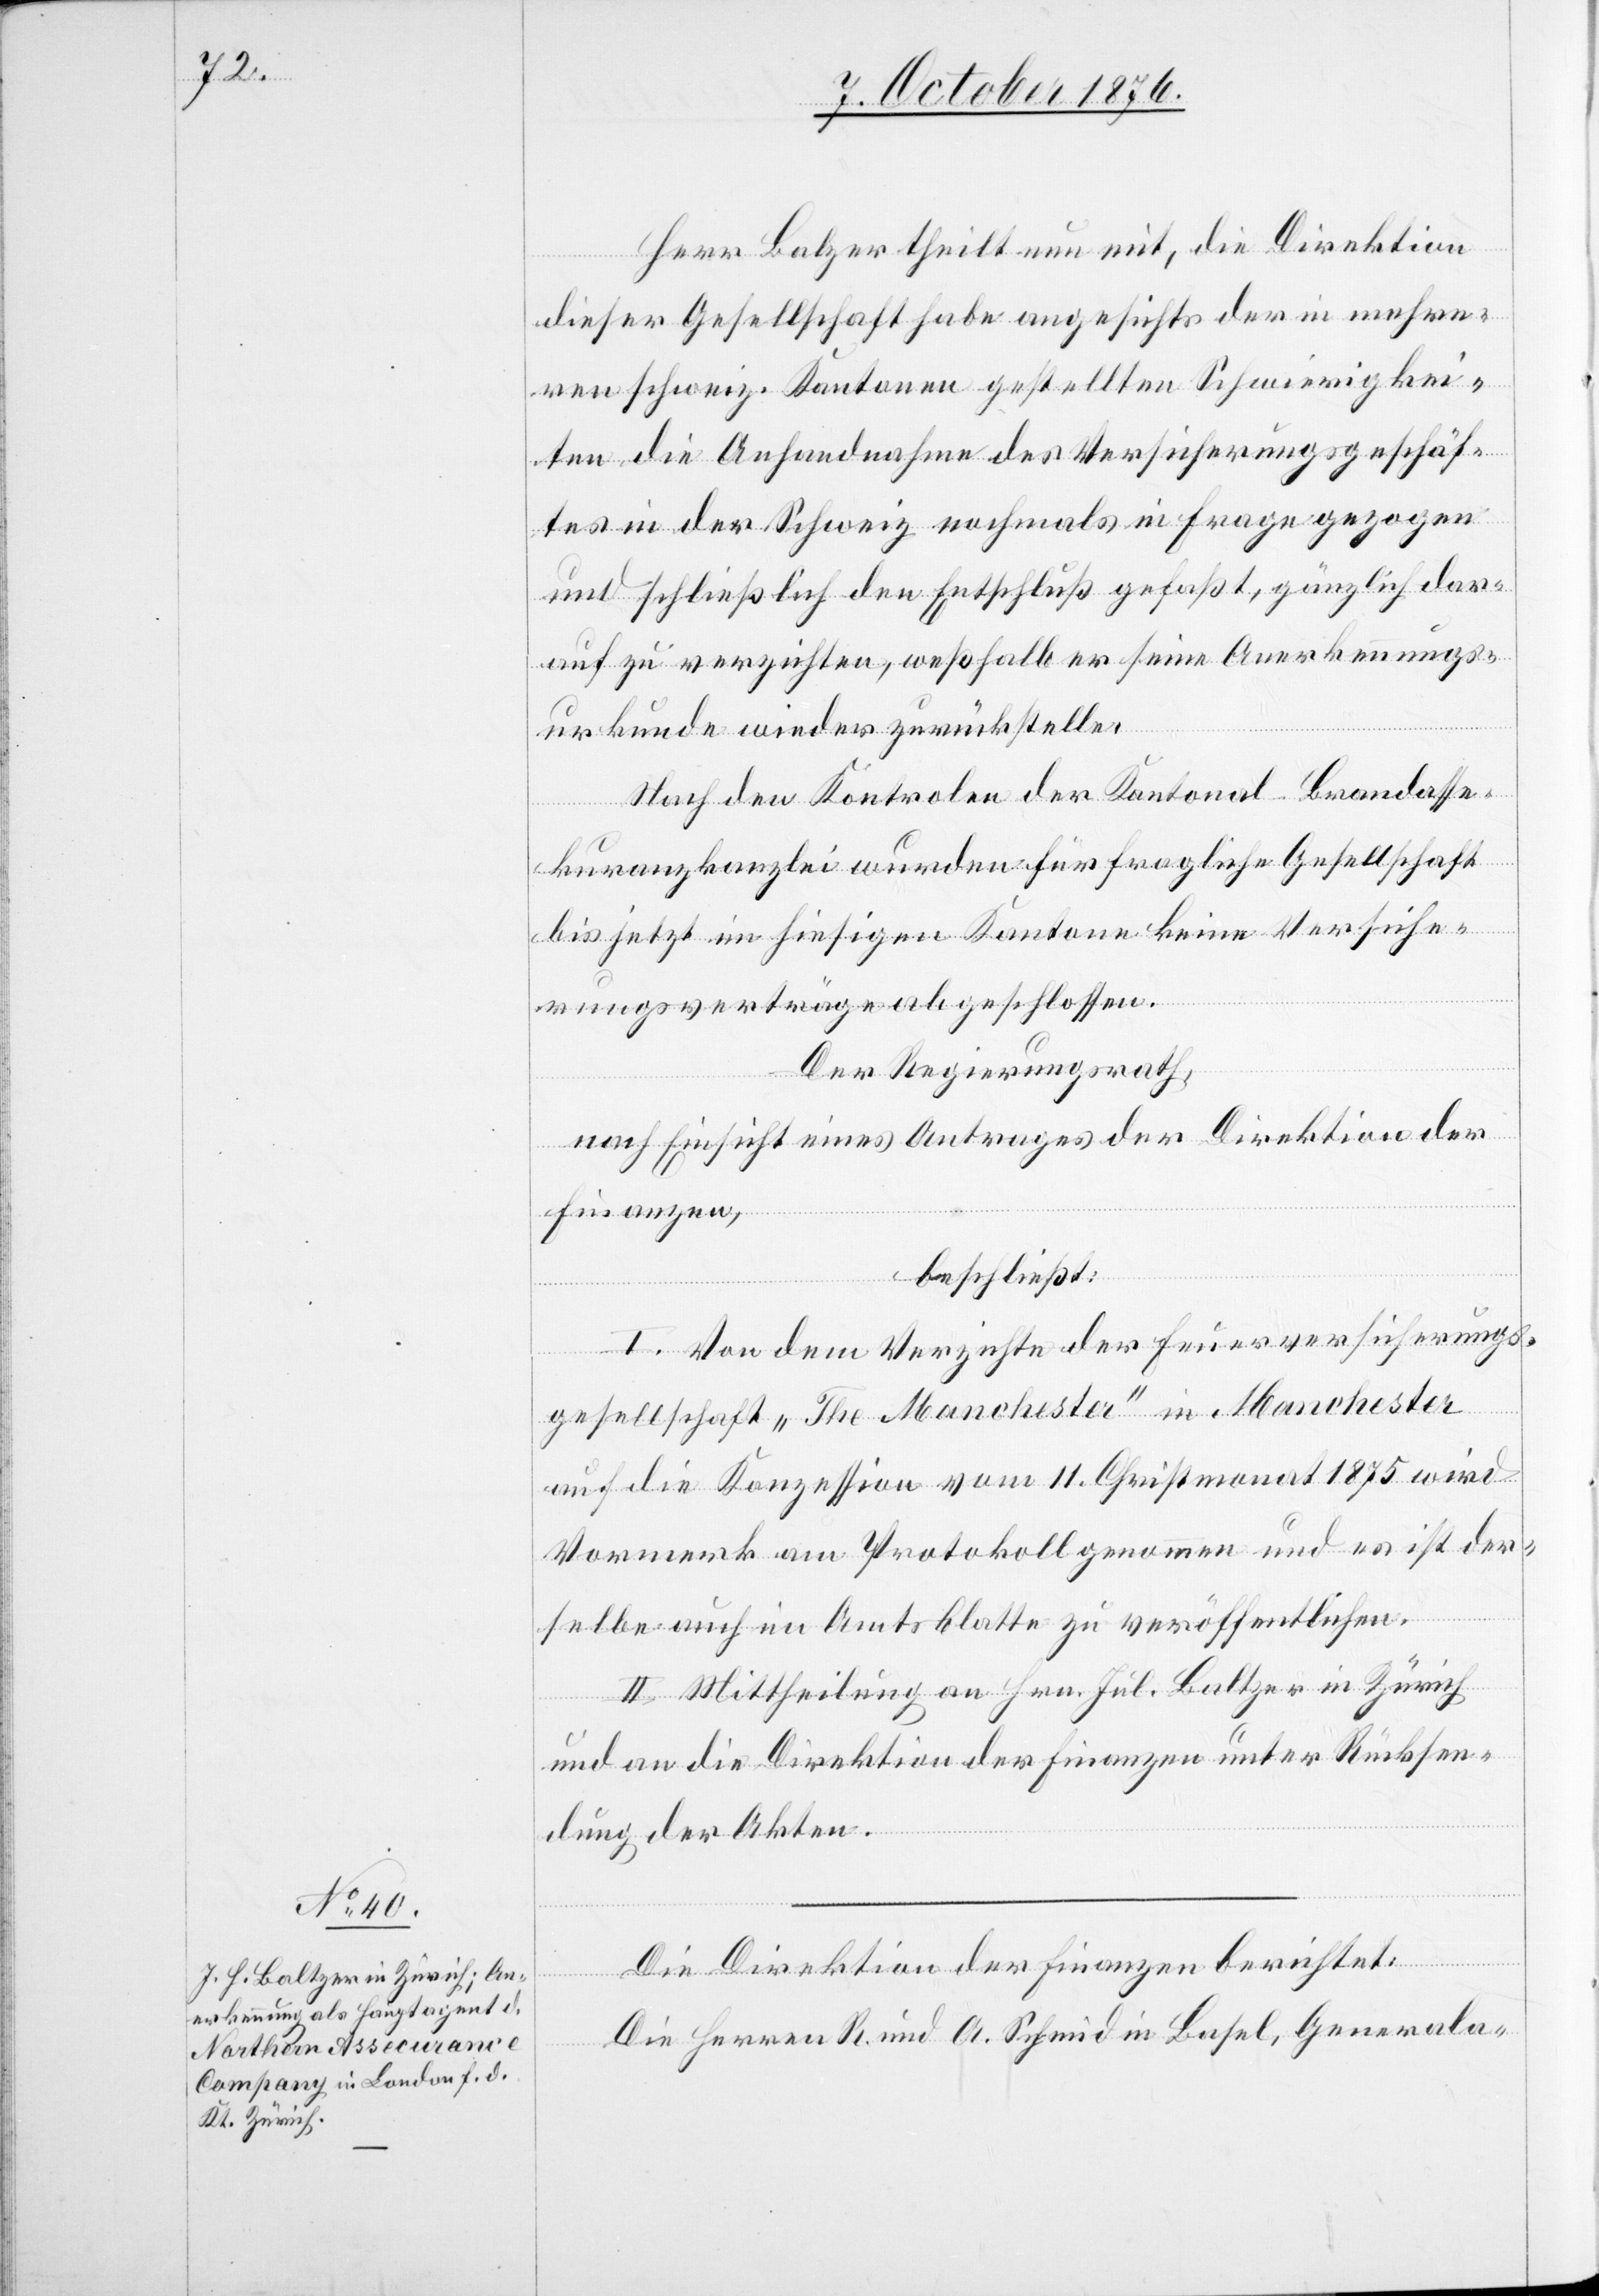
Herr Balzer theilt nun mit, die Direktion
dieser Gesellschaft habe angesichts der in mehre¬
ren schweiz. Kantonen gestellten Schwierigkei¬
ten die Anhandnahme des Versicherungsgeschäf¬
tes in der Schweiz nochmals in Frage gezogen
und schließlich den Entschluß gefaßt, gänzlich dar¬
auf zu verzichten, weßhalb er seine Anerkennungs¬
urkunde wieder zurückstelle.
Nach den Kontrolen der Kantonal-Brandasse¬
kuranzkanzlei wurden für fragliche Gesellschaft
bis jetzt im hiesigen Kantone keine Versiche¬
rungsverträge abgeschlossen.
Der Regierungsrath,
nach Einsicht eines Antrages der Direktion der
Finanzen,
beschließt:
I. Von dem Verzichte der Feuerversicherungs¬
gesellschaft „The Manchester“ in Manchester
auf die Konzession vom 11. Christmonat 1875 wird
Vormerk am Protokoll genommen und es ist der¬
selbe auch im Amtsblatte zu veröffentlichen.
II. Mittheilung an Hrn. Jul Baltzer in Zürich
und an die Direktion der Finanzen unter Rückstel¬
lung der Akten.
Die Direktion der Finanzen berichtet:
Die Herren R. und A. Schmid in Basel, Generala-